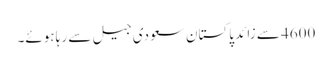
4600 سے زائد پاکستان سعودی جیل سے رہا ہوئے۔